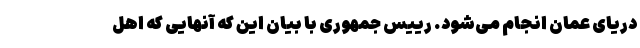
دریای عمان انجام می‌شود. رییس جمهوری با بیان این که آنهایی که اهل